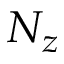
N _ { z }